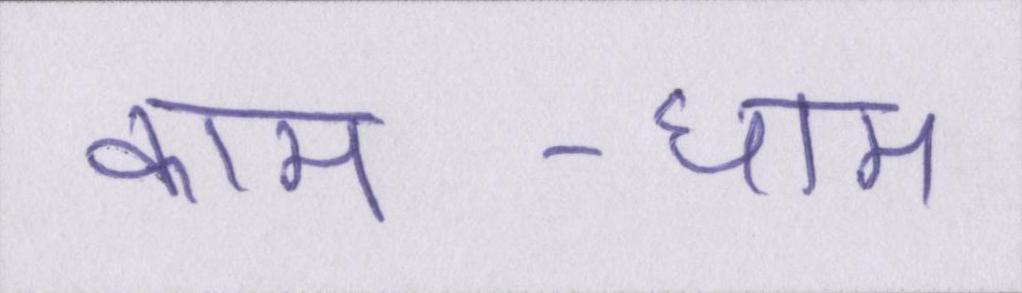
काम-धाम